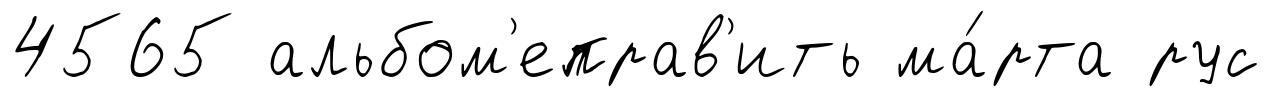
4565 альбом'еправ'ить ма́рта рус